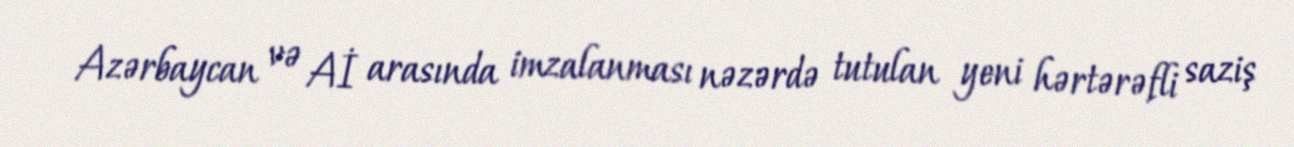
Azərbaycan və Aİ arasında imzalanması nəzərdə tutulan yeni hərtərəfli saziş